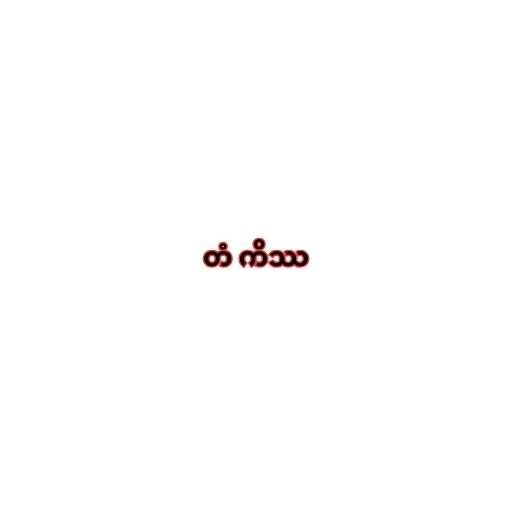
တံ ကိဿ